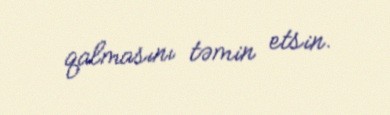
qalmasını təmin etsin.